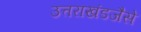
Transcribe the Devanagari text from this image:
उत्तराखंडजैसे